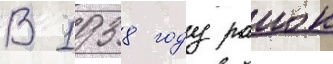
В 1938 году раион